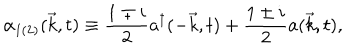
{ \alpha } _ { 1 ( 2 ) } ( { \vec { k } } , t ) \equiv \frac { 1 \mp i } { 2 } a ^ { \dagger } ( - { \vec { k } } , t ) + \frac { 1 \pm i } { 2 } a ( { \vec { k } } , t ) ,